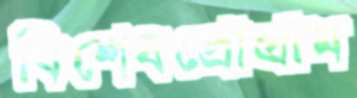
বিশেষপ্রোগ্রাম